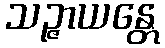
သဉ္ဇာယန္တေ